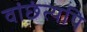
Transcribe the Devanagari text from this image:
वांछंत्यपि